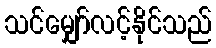
သင်မျှော်လင့်နိုင်သည်